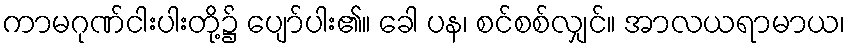
ကာမဂုဏ်ငါးပါးတို့၌ ပျော်ပါး၏။ ခေါ ပန၊ စင်စစ်လျှင်။ အာလယရာမာယ၊